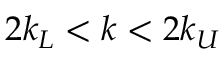
2 k _ { L } < k < 2 k _ { U }